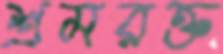
শ্রমরক্ত